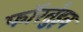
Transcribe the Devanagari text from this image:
फॉरर्तुइन